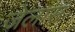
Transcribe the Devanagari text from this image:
जेलास